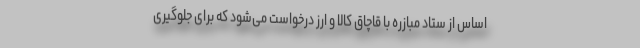
اساس از ستاد مبازره با قاچاق کالا و ارز درخواست می‌شود که برای جلوگیری